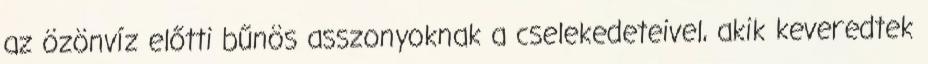
az özönvíz előtti bűnös asszonyoknak a cselekedeteivel, akik keveredtek